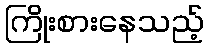
ကြိုးစားနေသည့်